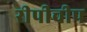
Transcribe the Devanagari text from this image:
रीपीचीप